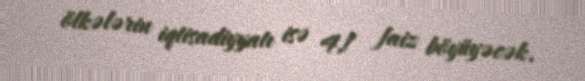
ölkələrin iqtisadiyyatı isə 4,1 faiz böyüyəcək.